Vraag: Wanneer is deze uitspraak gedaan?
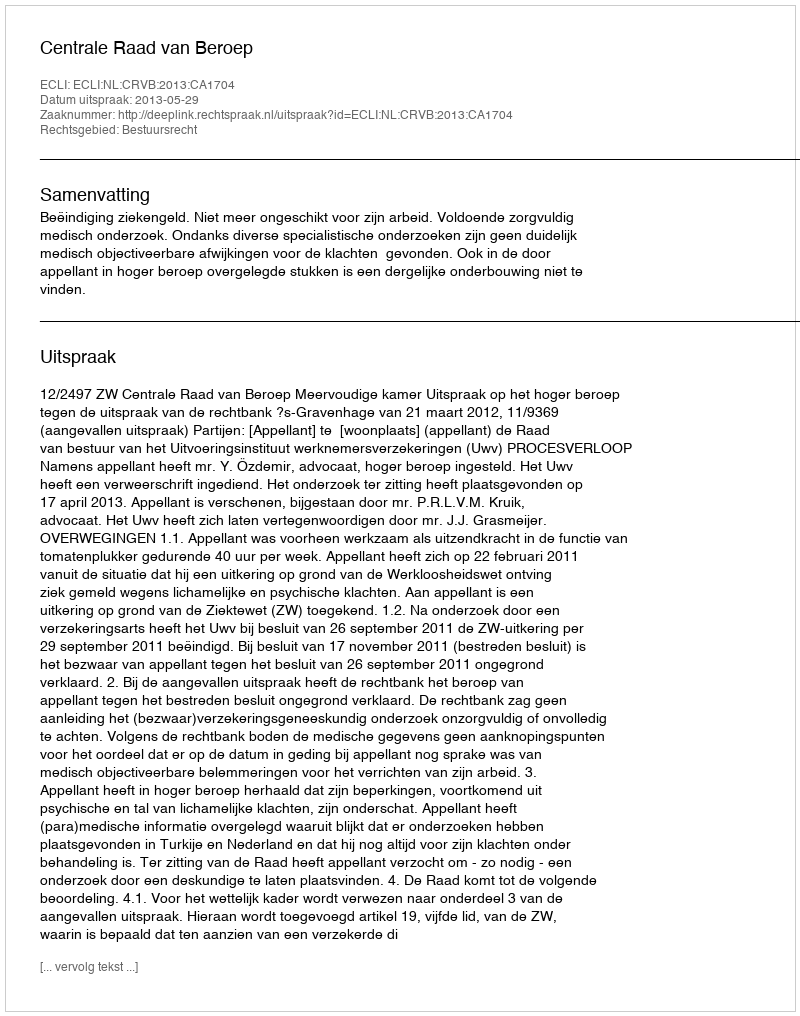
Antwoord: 2013-05-29